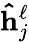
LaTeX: \mathbf{\hat{h}}_{j}^{\ell}